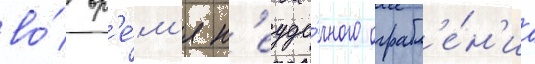
во́ вр'е́м'я н'еуда́чного ограбл'е́н'иа